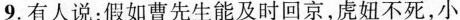
9.有人说：假如曹先生能及时回京，虎妞不死，小